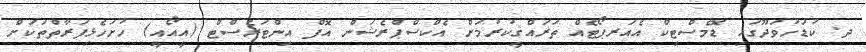
ދ. ކުޑަހުވަދޫގައި ޑޮމެސްޓިކް އެއަރޕޯޓެއް ތަރައްޤީކުރުމަށް އެކްސްޕްރެޝަން އޮފް އިންޓަރެސްޓް (އީއޯއީ) ހުށަހެޅިފަރާތްތަކަށް